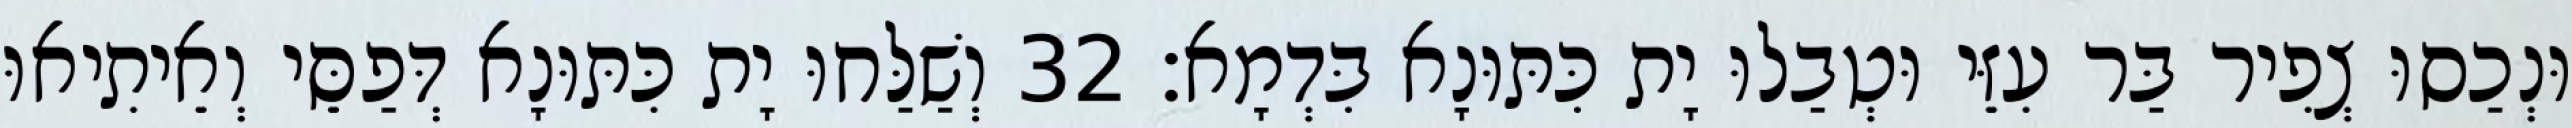
וּנְכַסוּ צְפִיר בַּר עִזֵּי וּטְבַלוּ יָת כִּתּוּנָא בִּדְמָא׃ 32 וְשַׁלַּחוּ יָת כִּתּוּנָא דְּפַסֵּי וְאֵיתִיאוּ